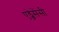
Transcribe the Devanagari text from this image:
एड्जेसेंसी